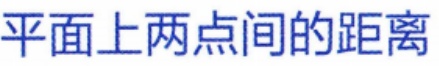
平面上两点间的距离